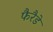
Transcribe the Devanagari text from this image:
फैरैडे